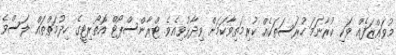
މުވައްޒަފެއް ވަކި ކުރާނަމަ ހުރަސަތަކެއް ކުރިމަތިވާކަމަށް ވިދާޅުވިއެވެ. ޓްރާންސްޕޯޓް އޮތޯރިޓީގެ ހިދުމަތްތައް ލަސްވެ